On the standardisation of anti-typhoid vaccine - Number 21
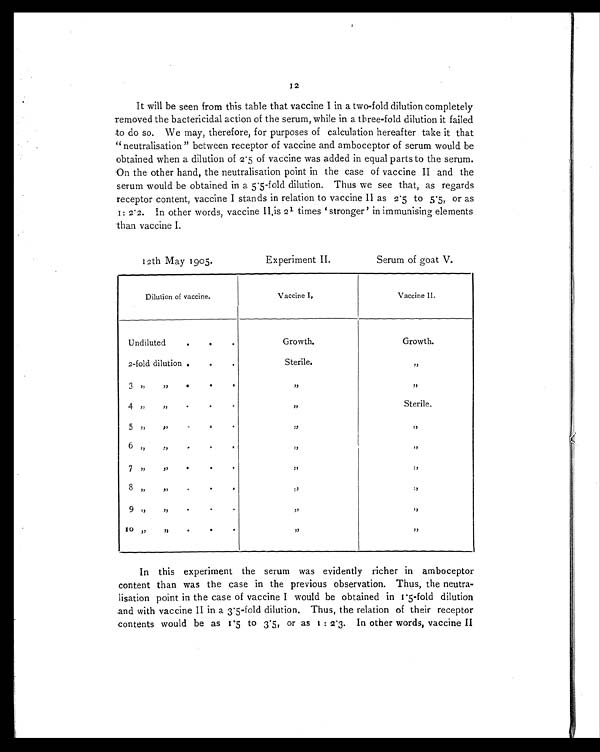
It will be seen from this table that vaccine I in a two-fold dilution completely
removed the bactericidal action of the serum, while in a three-fold dilution it failed
to do so. We may, therefore, for purposes of calculation hereafter take it that
" neutralisation " between receptor of vaccine and amboceptor of serum would be
obtained when a dilution of 2.5 of vaccine was added in equal parts to the serum.
On the other hand, the neutralisation point in the case of vaccine II and the
serum would be obtained in a 5.5-fold dilution. Thus we see that, as regards
receptor content, vaccine I stands in relation to vaccine II as 2.5 to 5.5, or as
1: 2.2. In other words, vaccine 11 is 21 times 'stronger' in immunising elements
than vaccine I.
12th May 1905.
Experiment II.
Serum of goat V.
Dilution of vaccine.
V a c c i n e I .
Vaccine II.
Undiluted
.
, ,
.
Growth.
Growth.
2-fold dilution .
.
.
Sterile.
,,
3 ,,
,,
. .
,,
4 ,,
,,
.
.
.
,,
Sterile.
5 ,, ,,
•
,, ,,
6 „
.,,
.
.
, ,
,,
,,
7 ,,
,,.
.
, ,
,, ,,
8 „
,, .
•
•
,, ,,
9 ,,
,, •
•
•
,, ,,
10
„
,, .
.,
.
,, ,,
In this experiment the serum was evidently richer in amboceptor
content than was the case in the previous observation. Thus, the neutra
-lisation point in the case of vaccine I would be obtained in 1.5-fold dilution
.and with vaccine II in a 3.5-fold dilution. Thus, the relation of their receptor
contents would be as r5 to 3.5, or as 1 : 2.3. In other words, vaccine II